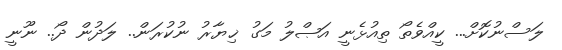
ލަސްނުކޮށް... ކީއްވެތޯ ތިއުޅެނީ އަޞްލު މަގު ޚިޔާރު ނުކުރަން.. ލަދުން ދޯ.. ނޫނީ